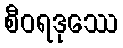
စီဝရဒုဿေ